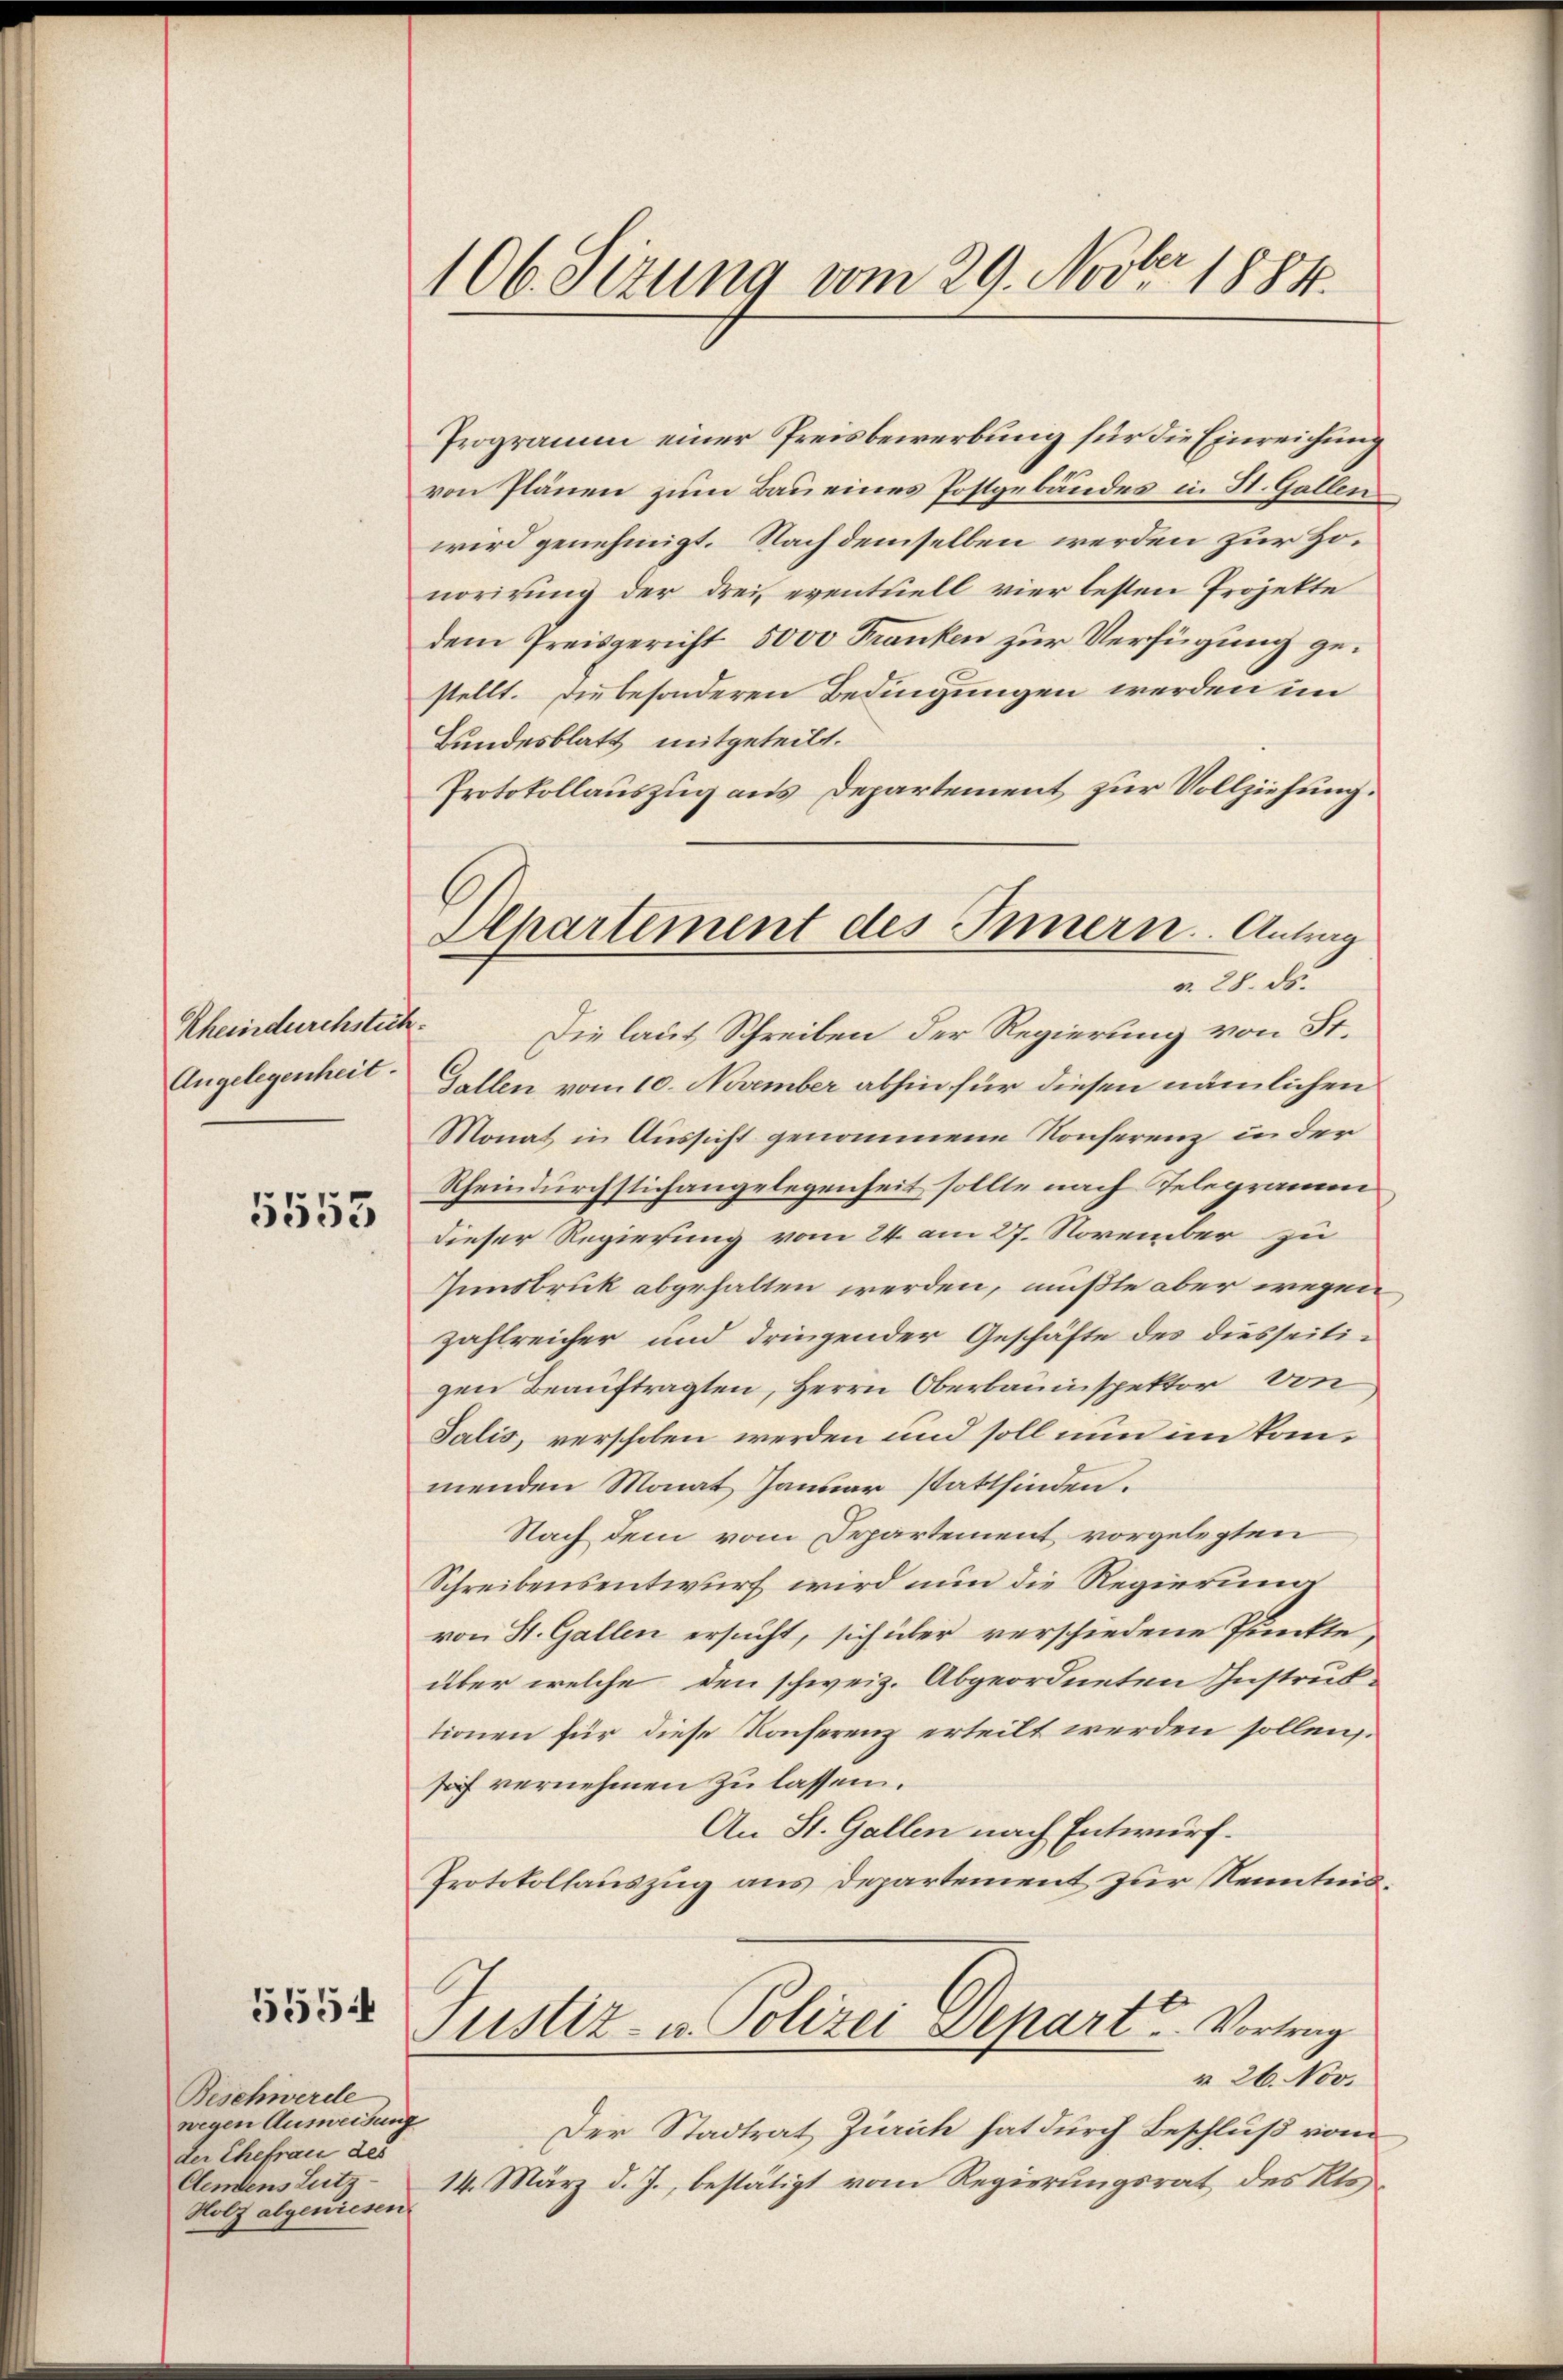
Rheindurchstuch.
Angelegenheit.

5553

Beschwerde
wegen Ausweisung
der Ehefrau des
Clendens Lutz
Holz abgewiesen.

555

106. Sizung vom 29. Novbr. 1884.

Alpartement des Innern. Antrag
r. 28. ds.

Programm einer Preisbewerbung für die Einreichung
von Plänen zum Bau eines Postgebäudes in St. Gallen
wird genehmigt. Nach demselben werden zur Honorirung der drei eventuell vier besten Projekte
dem Preisgericht 5000 Franken zur Verfügung gestellt. Die besonderen Bedingungen werden im
Bundesblatt mitgeteilt.
Protokollauszug aus Departement zur Vollziehung.
Die laut Schreiben der Regierung von St.
Gallen vom 10. November abhin für diesen nämlichen
Monat in Aussicht genommene Konferenz in der
Rheindurchstichangelegenheit sollte nach Telegramm
dieser Regierung vom 24. am 27. November zu
Zinsbruk abgehalten werden, müßte aber wegen
zahlreicher und dringender Geschäfte des diesseitigen Beauftragten, Herrn Oberbauinspektor von
Salis, verschoben werden und soll nun im kanmenden Monat Januar stattfinden.
Nach dem vom Departement vorgelegten
Schreibensentwurf wird nun die Regierung
von St. Gallen ersucht, sich über verschiedene Punkte,
über welche den schweiz. Abgeordneten Instrub-
tionen für diese Konferenz erteilt werden sollen.
sos vernehmen zu lassen.
An St. Gallen nach Entwurf.
Protokollauszug aus Departement zur Kenntnis¬
Justiz- u. Polizei Depart. Vortrag
§ 26. Nov.
Der Stadtrat Zürich hat durch Beschluß vom
14. März d. J., bestätigt vom Regierungsrat des Klos